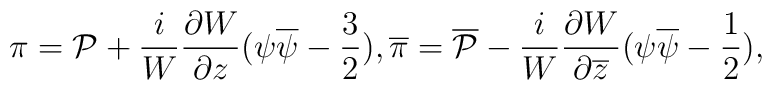
\pi={\cal P}+\frac{i}{W}\frac{\partial W}{\partial z}(\psi\overline{\psi}-\frac{3}{2}) ,\overline{\pi}=\overline{{\cal P}}-\frac{i}{W}\frac{\partial W}{\partial\overline{z}}(\psi\overline{\psi}-\frac{1}{2}) ,